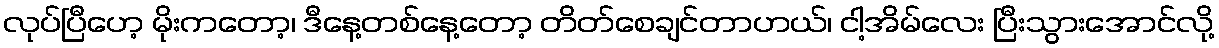
လုပ်ပြီဟေ့ မိုးကတော့၊ ဒီနေ့တစ်နေ့တော့ တိတ်စေချင်တာဟယ်၊ ငါ့အိမ်လေး ပြီးသွားအောင်လို့